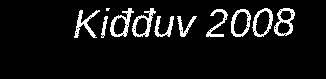
Kiđđuv 2008